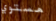
مستوي